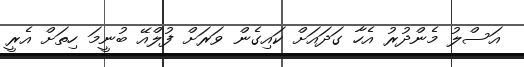
އަސްލު މެންދުރު އެހާ ގަދައަށް ކައިގެން ވަރަށް ފުލްއޭ ބުނީމަ ހިތަށް އެރީ